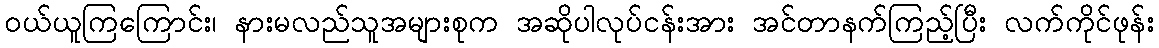
ဝယ်ယူကြကြောင်း၊ နားမလည်သူအများစုက အဆိုပါလုပ်ငန်းအား အင်တာနက်ကြည့်ပြီး လက်ကိုင်ဖုန်း